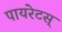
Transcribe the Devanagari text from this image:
पायरेटस्